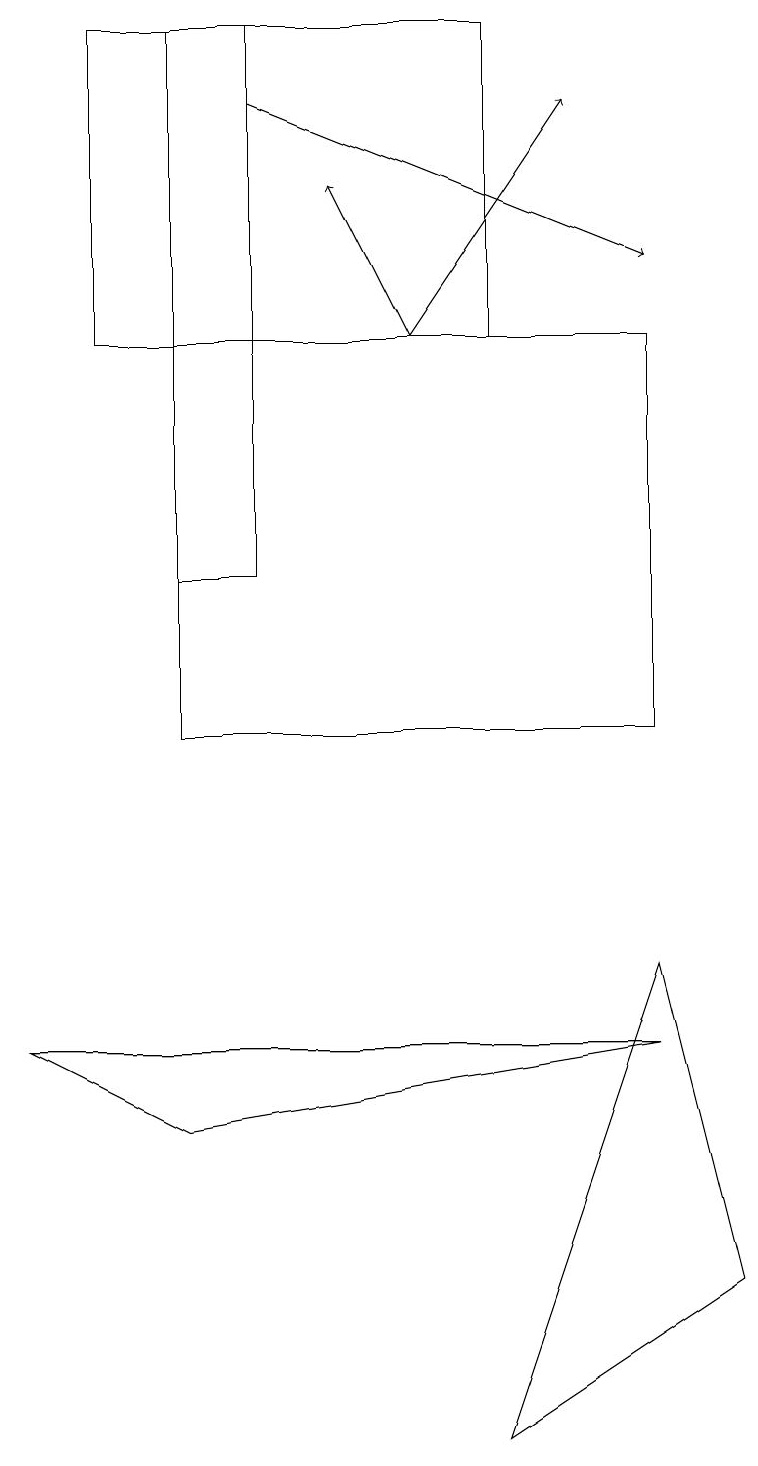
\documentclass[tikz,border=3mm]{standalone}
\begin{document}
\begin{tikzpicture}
\draw[->] (5,15) -- (7,18);
\draw (9,3) -- (6,1) -- (8,7) -- cycle;
\draw (1,19) rectangle (6,15);
\draw[->] (5,15) -- (4,17);
\draw (2,12) rectangle (3,19);
\draw[->] (3,18) -- (8,16);
\draw (2,10) rectangle (8,15);
\draw (0,6) -- (2,5) -- (8,6) -- cycle;
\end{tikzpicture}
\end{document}